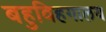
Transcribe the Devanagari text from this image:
बहुविहगालय